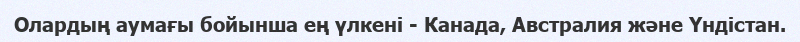
Олардың аумағы бойынша ең үлкені - Канада, Австралия және Үндістан.